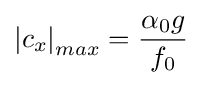
\left\vert c_{x}\right\vert _{max}={\alpha _{0}g \over f_{0}}